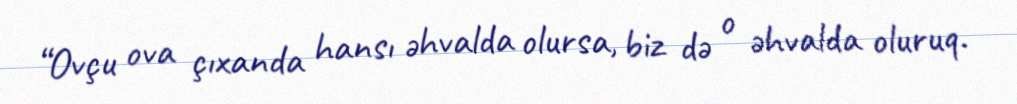
“Ovçu ova çıxanda hansı əhvalda olursa, biz də o əhvalda oluruq.